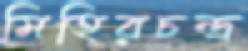
মিহিরচন্দ্র